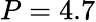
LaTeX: P=4.7